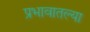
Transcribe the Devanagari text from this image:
प्रभावातल्या